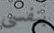
بنفسى